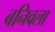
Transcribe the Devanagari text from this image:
बनिवला